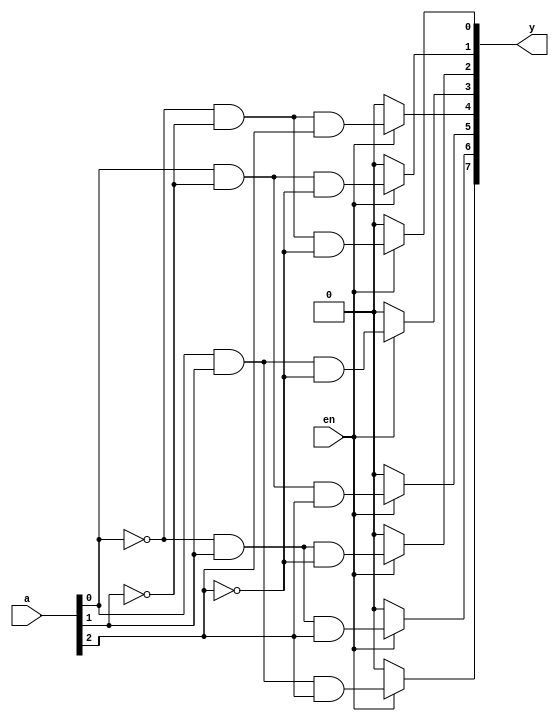
module ayesh_decoder_3x8(y,a,en);
input [2:0]a;
input en;
output reg [7:0]y;
always @(a) 
  begin
    if(en==1)
      begin
        y[0] = !a[0] & !a[1] & !a[2];
        y[1] = a[0] & !a[1] & !a[2];
        y[2] = !a[0] & a[1] & !a[2];
        y[3] = a[0] & a[1] & !a[2];
        y[4] = !a[0] & !a[1] & a[2];
        y[5] = a[0] & !a[1] & a[2];
        y[6] = !a[0] & a[1] & a[2];
        y[7] = a[0] & a[1] & a[2];
      end
    else y = 8'b00000000;
  end
endmodule